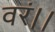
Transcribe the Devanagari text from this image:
वरं।।